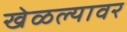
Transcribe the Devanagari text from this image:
खेळल्यावर